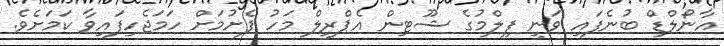
އާނޯލްޑް ބުނެފައި ވަނީ ފިލްމުގެ ޝޫޓިން އެޕްރީލް މަހު ފެށުމަށް ހަމަޖެހިފައިވާ ކަމަށެވެ.